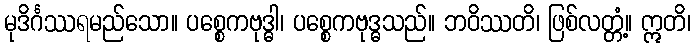
မုဒိင်္ဂဿရမည်သော။ ပစ္စေကဗုဒ္ဓါ၊ ပစ္စေကဗုဒ္ဓသည်။ ဘဝိဿတိ၊ ဖြစ်လတ္တံ့။ ဣတိ၊